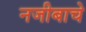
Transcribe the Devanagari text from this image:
नजीबाचे